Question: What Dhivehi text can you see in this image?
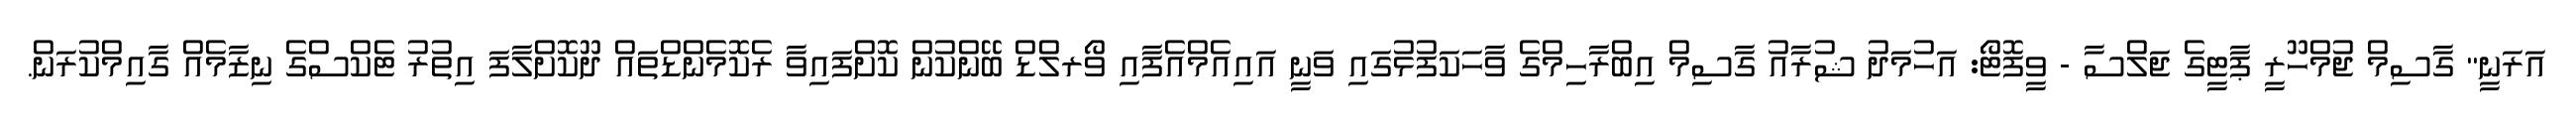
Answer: އަރަނީ" ގާސިމް ޖުމްހޫރީ ޕާޓީގެ ޖަލްސާ - ވީފޮޓޯ: އަހުމަދު ޝުރާއު ގާސިމް އިބްރާހިމްގެ ވާހަކަފުޅުގައި ވަނީ އައިއެމްއެފާއި ވޯރލްޑް ބޭންކުން ކޮށްފައިވާ ރެކޮމެންޑްތައް ދޫކޮށްލާފަ އިތުރު ޓެކްސްގެ ނިޒާމެއް ގާއިމްކުރަން.